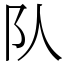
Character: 队